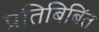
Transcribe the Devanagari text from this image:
प्रतिबिबिंत